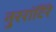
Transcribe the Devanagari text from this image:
नुररांटिंरे